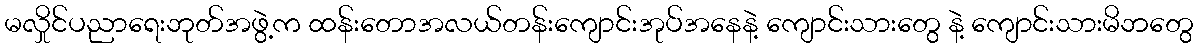
မလှိုင်ပညာရေးဘုတ်အဖွဲ့က ထန်းတောအလယ်တန်းကျောင်းအုပ်အနေနဲ့ ကျောင်းသားတွေ နဲ့ ကျောင်းသားမိဘတွေ